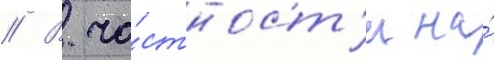
// В ча́стност'и на́